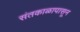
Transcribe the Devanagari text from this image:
संतकाळापासून